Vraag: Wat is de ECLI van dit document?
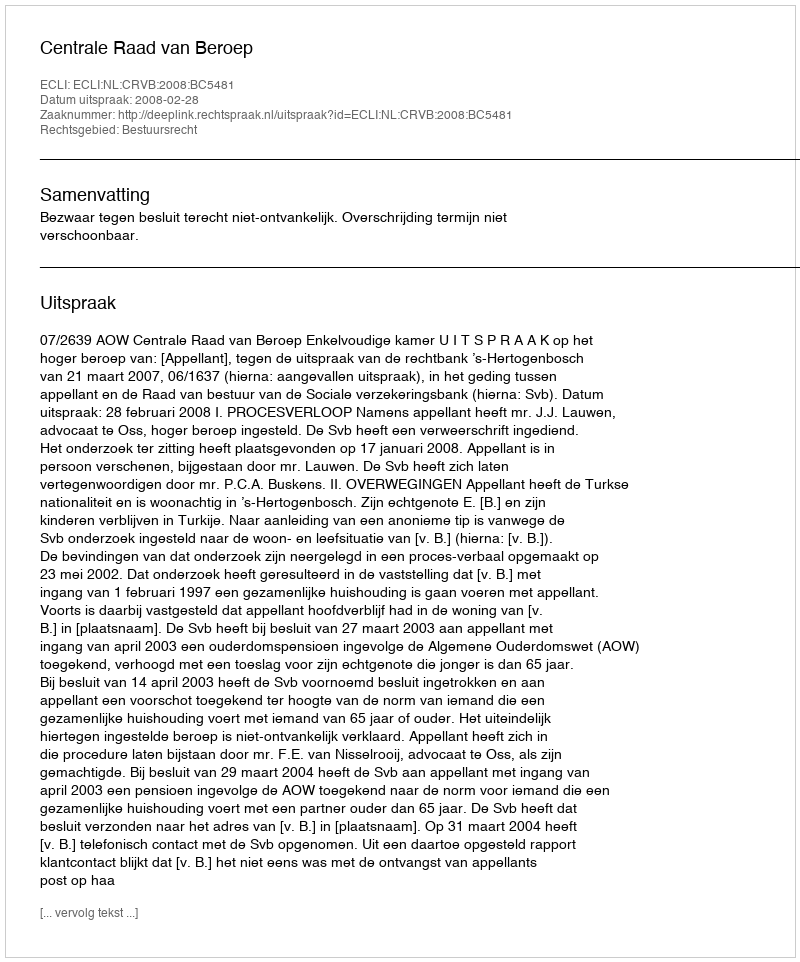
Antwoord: ECLI:NL:CRVB:2008:BC5481